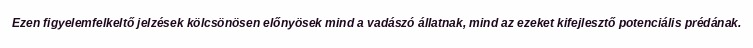
Ezen figyelemfelkeltő jelzések kölcsönösen előnyösek mind a vadászó állatnak, mind az ezeket kifejlesztő potenciális prédának.